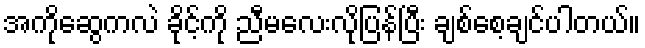
အကိုဆွေကလဲ ခိုင့်ကို ညီမလေးလိုပြန်ပြီး ချစ်စေ့ချင်ပါတယ်။